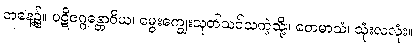
တနေ့၌။ ပဋိဇဂ္ဂန္တောဝိယ၊ မွေးကျွေးသုတ်သင်သကဲ့သို့။ တေမာသံ၊ သုံးလလုံး။